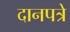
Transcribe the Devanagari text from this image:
दानपत्रे